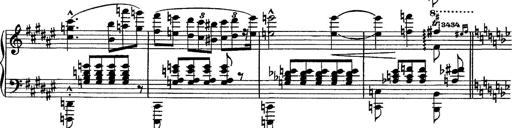
Title: Piano Sonata
Composer: Karl HÃ¤ssler
Key: C major